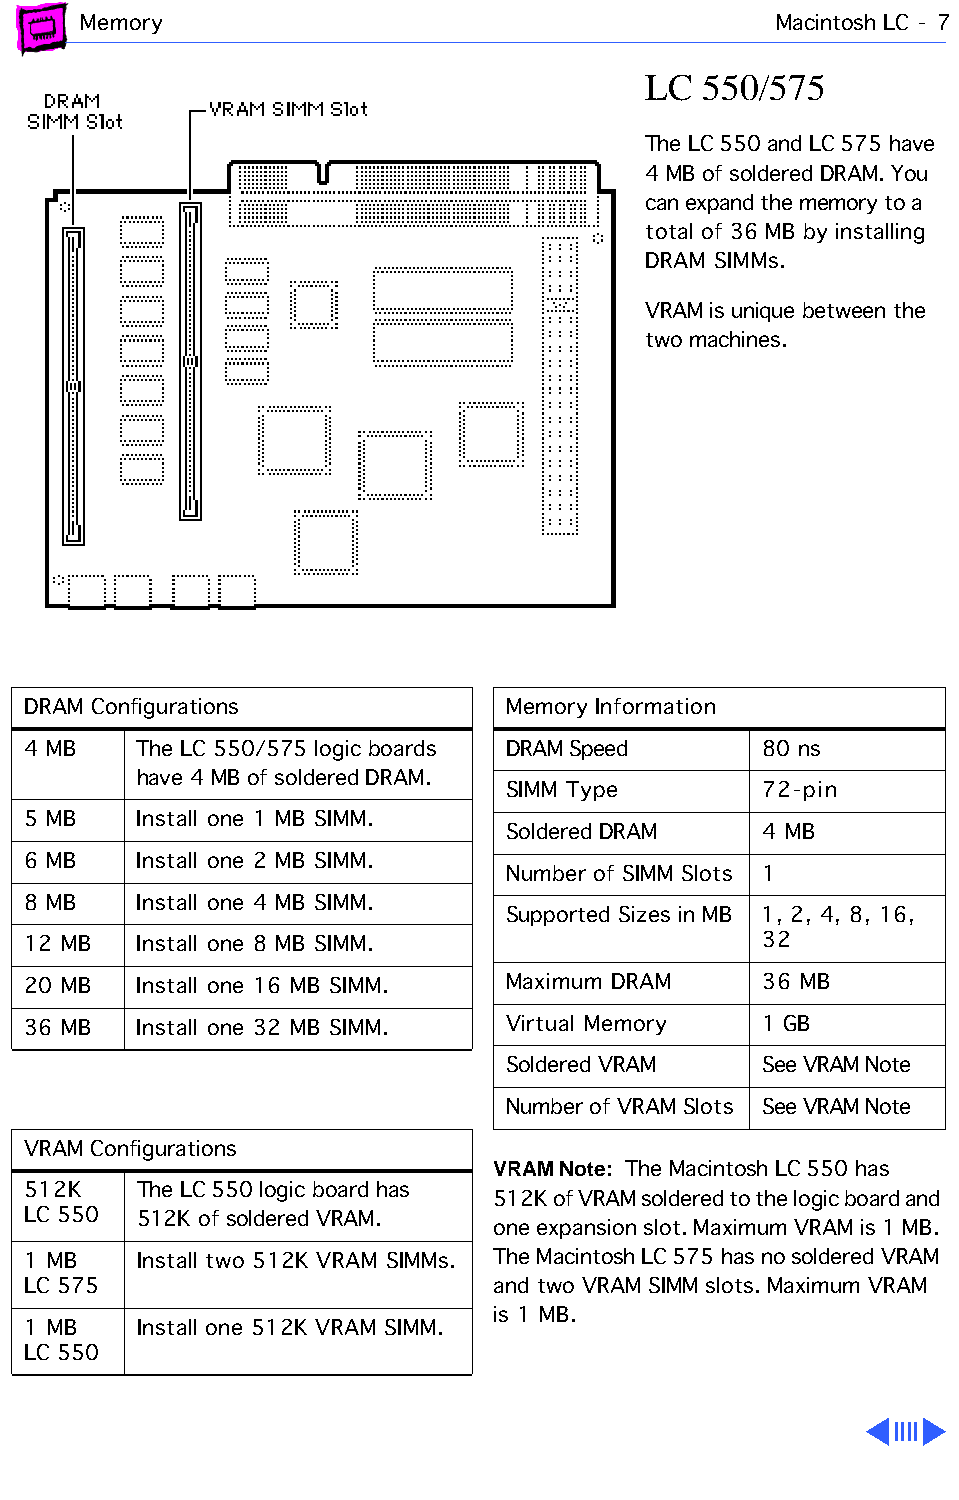
Memory                                        Macintosh LC - 7
 LC  550/575
 The LC 550 and LC 575 have
 4 MB of soldered DRAM. You
 can expand the memory to a
 total of 36 MB by installing
 DRAM SIMMs.
 VRAM is unique between the
 two machines.
 DRAM Configurations             Memory Information
 4 MB    The LC 550/575 logic boards DRAM Speed   80 ns
 have 4 MB of soldered DRAM.
 SIMM Type        72-pin
 5 MB    Install one 1 MB SIMM.
 Soldered DRAM    4 MB
 6 MB    Install one 2 MB SIMM.
 Number of SIMM Slots 1
 8 MB    Install one 4 MB SIMM.
 Supported Sizes in MB 1, 2, 4, 8, 16,
 12 MB   Install one 8 MB SIMM.                   32
 20 MB   Install one 16 MB SIMM. Maximum DRAM     36 MB
 36 MB   Install one 32 MB SIMM. Virtual Memory   1 GB
 Soldered VRAM    See VRAM Note
 Number of VRAM Slots See VRAM Note
 VRAM Configurations
 VRAM Note: The Macintosh LC 550 has
 512K    The LC 550 logic board has
 512K of VRAM soldered to the logic board and
 LC 550  512K of soldered VRAM.
 one expansion slot. Maximum VRAM is 1 MB.
 1 MB    Install two 512K VRAM SIMMs. The Macintosh LC 575 has no soldered VRAM
 LC 575                         and two VRAM SIMM slots. Maximum VRAM
 is 1 MB.
 1 MB    Install one 512K VRAM SIMM.
 LC 550